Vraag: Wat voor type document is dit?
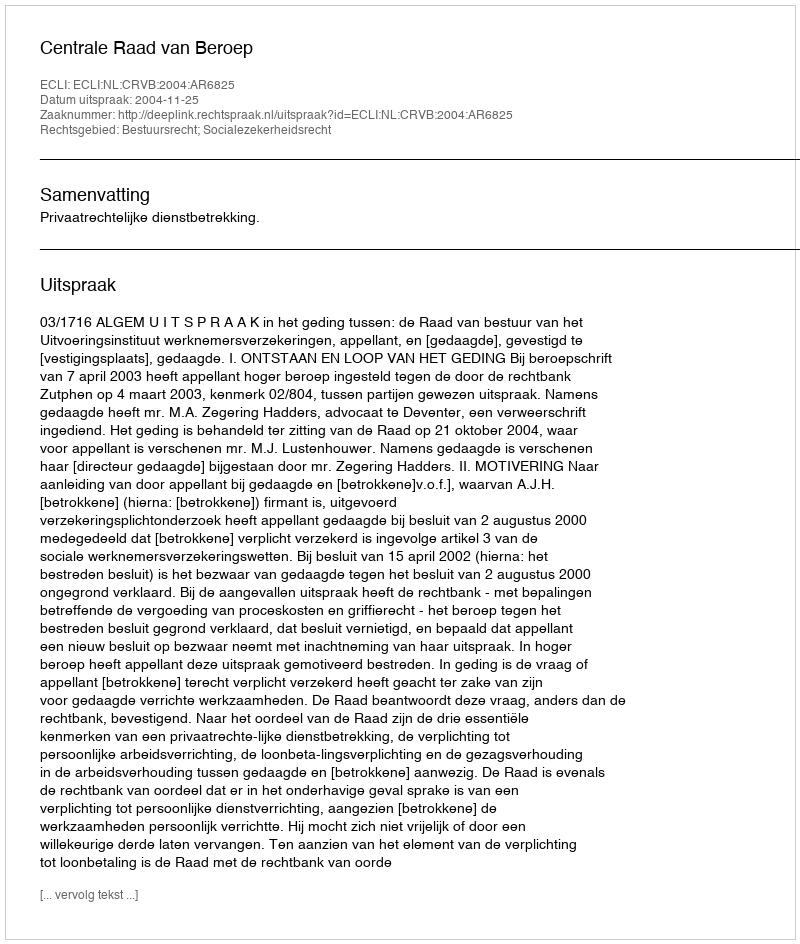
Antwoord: Uitspraak